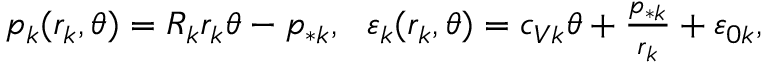
\begin{array} { r } { p _ { k } ( r _ { k } , \theta ) = R _ { k } r _ { k } \theta - p _ { * k } , \ \ \varepsilon _ { k } ( r _ { k } , \theta ) = c _ { V k } \theta + \frac { p _ { * k } } { r _ { k } } + \varepsilon _ { 0 k } , } \end{array}